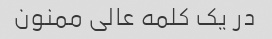
در یک کلمه عالی ممنون